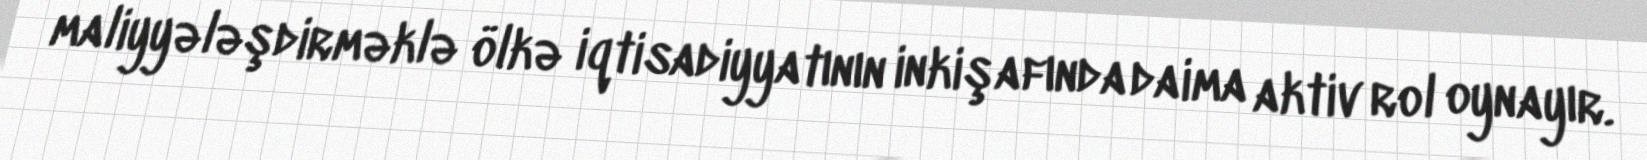
maliyyələşdirməklə ölkə iqtisadiyyatının inkişafında daima aktiv rol oynayır.